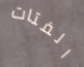
الفتات